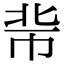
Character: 𢂖